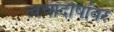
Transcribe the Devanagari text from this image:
त्वचादोषांवर